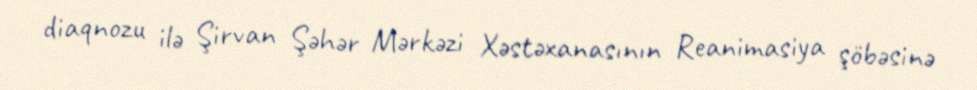
diaqnozu ilə Şirvan Şəhər Mərkəzi Xəstəxanasının Reanimasiya şöbəsinə